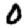
Digit: 0